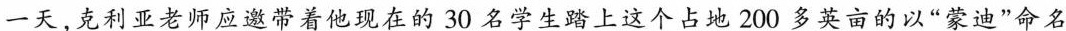
一天，克利亚老师应邀带着他现在的30名学生踏上这个占地200多英亩的以”蒙迪”命名